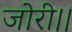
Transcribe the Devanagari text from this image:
जोरी।।